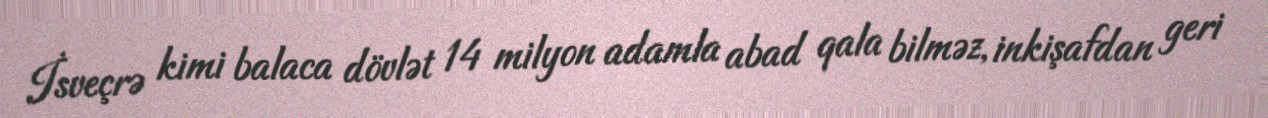
İsveçrə kimi balaca dövlət 14 milyon adamla abad qala bilməz, inkişafdan geri